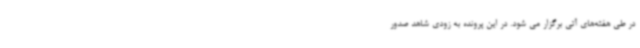
در طی هفته‌های آتی برگزار می شود. در این پرونده به زودی شاهد صدور